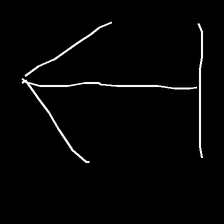
Glyph: levitation